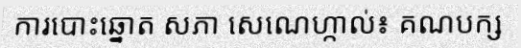
ការបោះឆ្នោត សភា សេណេហ្កាល់៖ គណបក្ស